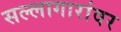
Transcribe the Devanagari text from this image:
सल्लागारांवर